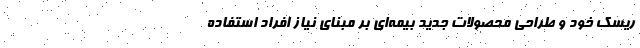
ریسک خود و طراحی محصولات جدید بیمه‌ای بر مبنای نیاز افراد استفاده